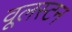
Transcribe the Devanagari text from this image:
वूलस्टन